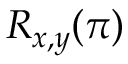
R _ { x , y } ( \pi )